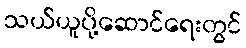
သယ်ယူပို့ဆောင်ရေးတွင်